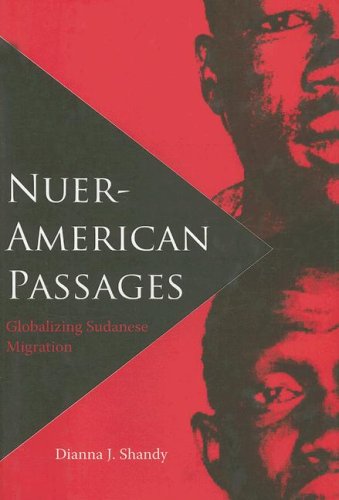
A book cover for Nuer-American Passages: Globalizing Sudanese Migration (New World Diasporas); Dianna Shandy; History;